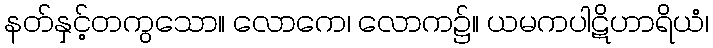
နတ်နှင့်တကွသော။ လောကေ၊ လောက၌။ ယမကပါဋိဟာရိယံ၊